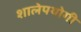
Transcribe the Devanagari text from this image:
शालेपयोगी